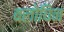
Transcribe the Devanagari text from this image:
बलोचिन